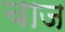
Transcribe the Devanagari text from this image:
चाज